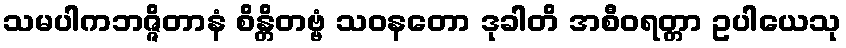
သမပါကဘဇ္ဇိတာနံ စိန္တိတဗ္ဗံ သဝနတော ဒုခါတိ အစီဝရတ္တာ ဥပါယေသု